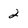
Character: 2